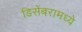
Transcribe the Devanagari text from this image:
डिसेंबरामध्ये